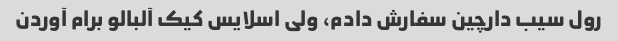
رول سیب دارچین سفارش دادم، ولی اسلایس کیک آلبالو برام آوردن